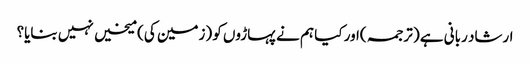
ارشاد ربانی ہے ( ترجمہ )اور کیا ہم نے پہاڑوں کو (زمین کی) میخیں نہیں بنایا؟